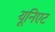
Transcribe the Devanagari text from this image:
यूनिएट